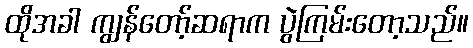
ထိုအခါ ကျွန်တော့်ဆရာက ပွဲကြမ်းတော့သည်။